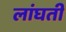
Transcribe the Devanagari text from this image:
लांघती